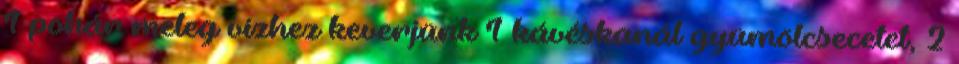
1 pohár meleg vízhez keverjünk 1 kávéskanál gyümölcsecetet, 2